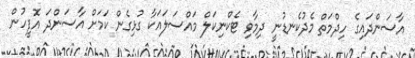
އާސަންދައިގެ ހިދްމަތް މެދުކެނޑުނީ ދިމާވި ޓެކްނިކަލް މައްސަލައަކާ ގުޅިގެން ކަމަށް އާސަންދަ އޮފީހުން